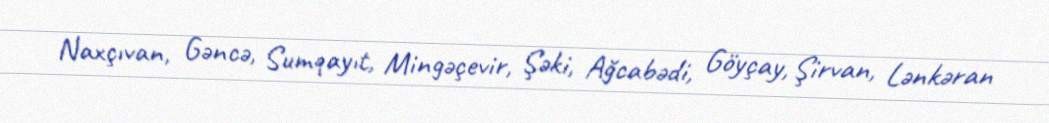
Naxçıvan, Gəncə, Sumqayıt, Mingəçevir, Şəki, Ağcabədi, Göyçay, Şirvan, Lənkəran